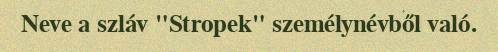
Neve a szláv "Stropek" személynévből való.